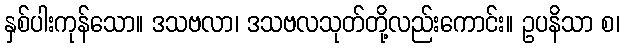
နှစ်ပါးကုန်သော။ ဒသဗလာ၊ ဒသဗလသုတ်တို့လည်းကောင်း။ ဥပနိသာ စ၊